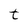
Character: t